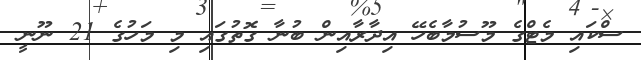
ސްކައި މެޓްގެ މޫސުމާބެހޭ އިދާރާއިން ބުނާ ގޮތުގައި މި މަހުގެ 21 ނޫނީ